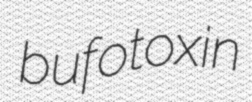
bufotoxin